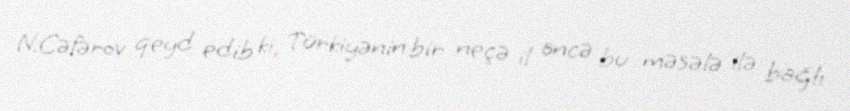
N.Cəfərov qeyd edib ki, Türkiyənin bir neçə il öncə bu məsələ ilə bağlı